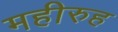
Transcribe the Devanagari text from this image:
महीरुह